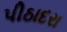
પીઠાદરા